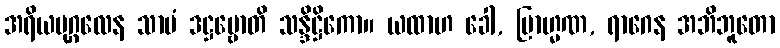
အရိယပုဂ္ဂလေန သာမံ ဒဋ္ဌဗ္ဗောတိ သန္ဒိဋ္ဌိကော။ ယထာဟ ခေါ, ဗြာဟ္မဏ, ရာဂေန အဘိဘူတော